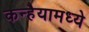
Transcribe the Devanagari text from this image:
कन्हैयामध्ये